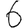
Digit: 6